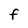
Character: F